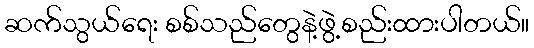
ဆက်သွယ်ရေး စစ်သည်တွေနဲ့ဖွဲ့စည်းထားပါတယ်။